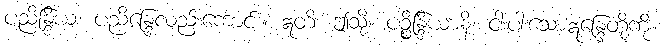
ပညိန္ဒြိယံ၊ ပညိန္ဒြေလည်းကောင်း။ ဣတိ၊ ဤသို့။ ပဉ္စိန္ဒြိယာနိ၊ ငါးပါးသောဣန္ဒြေတို့ကို။